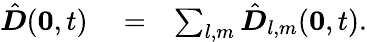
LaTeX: \begin{array}{rlr}{{\hat{\boldsymbol D}}(\boldsymbol 0,t)}&{{}=}&{\sum_{l,m}{\hat{\boldsymbol D}}_{l,m}(\boldsymbol 0,t).}\end{array}